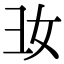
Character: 𢑒